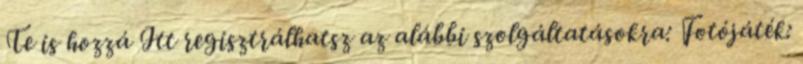
Te is hozzá Itt regisztrálhatsz az alábbi szolgáltatásokra: Fotójáték: